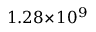
1 . 2 8 \! \times \! 1 0 ^ { 9 }